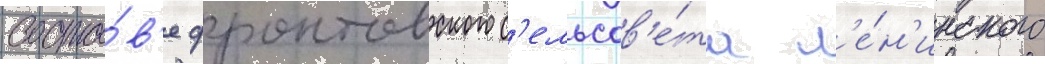
соста́в'е фронтовского с'ельсов'е́та л'е́н'инского